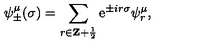
\psi _ { \pm } ^ { \mu } ( \sigma ) = \sum _ { r \in { \bf Z } + { \frac { 1 } { 2 } } } \mathrm { e } ^ { \pm i r \sigma } \psi _ { r } ^ { \mu } ,